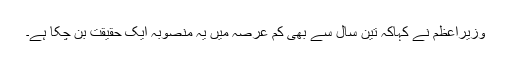
وزیراعظم نے کہاکہ تین سال سے بھی کم عرصہ میں یہ منصوبہ ایک حقیقت بن چکا ہے۔